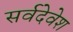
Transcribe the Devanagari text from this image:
सर्वदेवेश